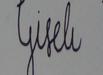
Signature authenticity: forged